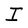
Character: I